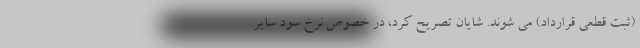
(ثبت قطعی قرارداد) می شوند. شایان تصریح کرد، در خصوص نرخ سود سایر